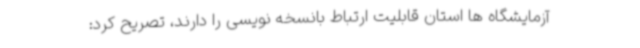
آزمایشگاه ها استان قابلیت ارتباط بانسخه نویسی را دارند، تصریح کرد: